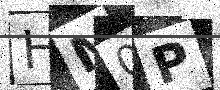
Text: HM0P